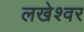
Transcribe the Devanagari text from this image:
लखेश्वर